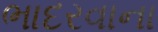
ભાદરવાના